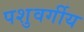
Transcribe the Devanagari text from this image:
पशुवर्गीय